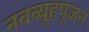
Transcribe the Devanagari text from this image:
नवव्यूहपूजन